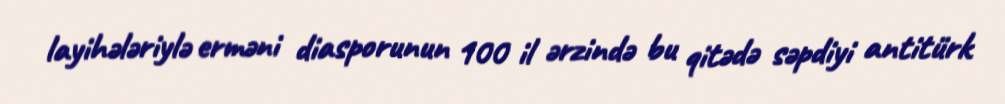
layihələriylə erməni diasporunun 100 il ərzində bu qitədə səpdiyi antitürk